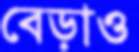
বেড়াও